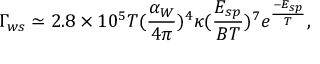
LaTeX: \Gamma _ { w s } \simeq 2 . 8 \times 1 0 ^ { 5 } T ( { \frac { \alpha _ { W } } { 4 \pi } } ) ^ { 4 } \kappa ( { \frac { E _ { s p } } { B T } } ) ^ { 7 } e ^ { \frac { - E _ { s p } } { T } } ,